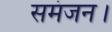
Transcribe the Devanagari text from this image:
समंजन।